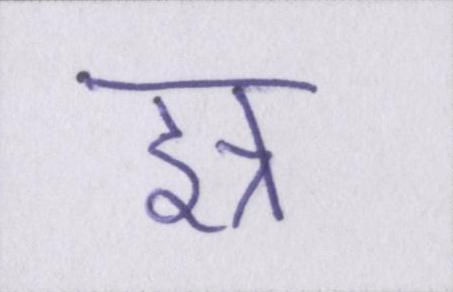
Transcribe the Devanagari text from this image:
इत्र